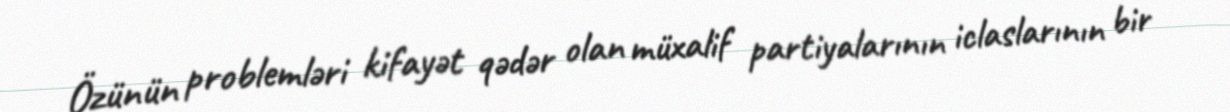
Özünün problemləri kifayət qədər olan müxalif partiyalarının iclaslarının bir